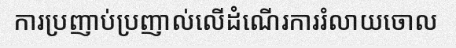
ការប្រញាប់ប្រញាល់លើដំណើរការរំលាយចោល